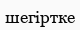
шегіртке